65_HS1-834228961_62-HQ-83894_Section_9
Agency: FBI
Page 141
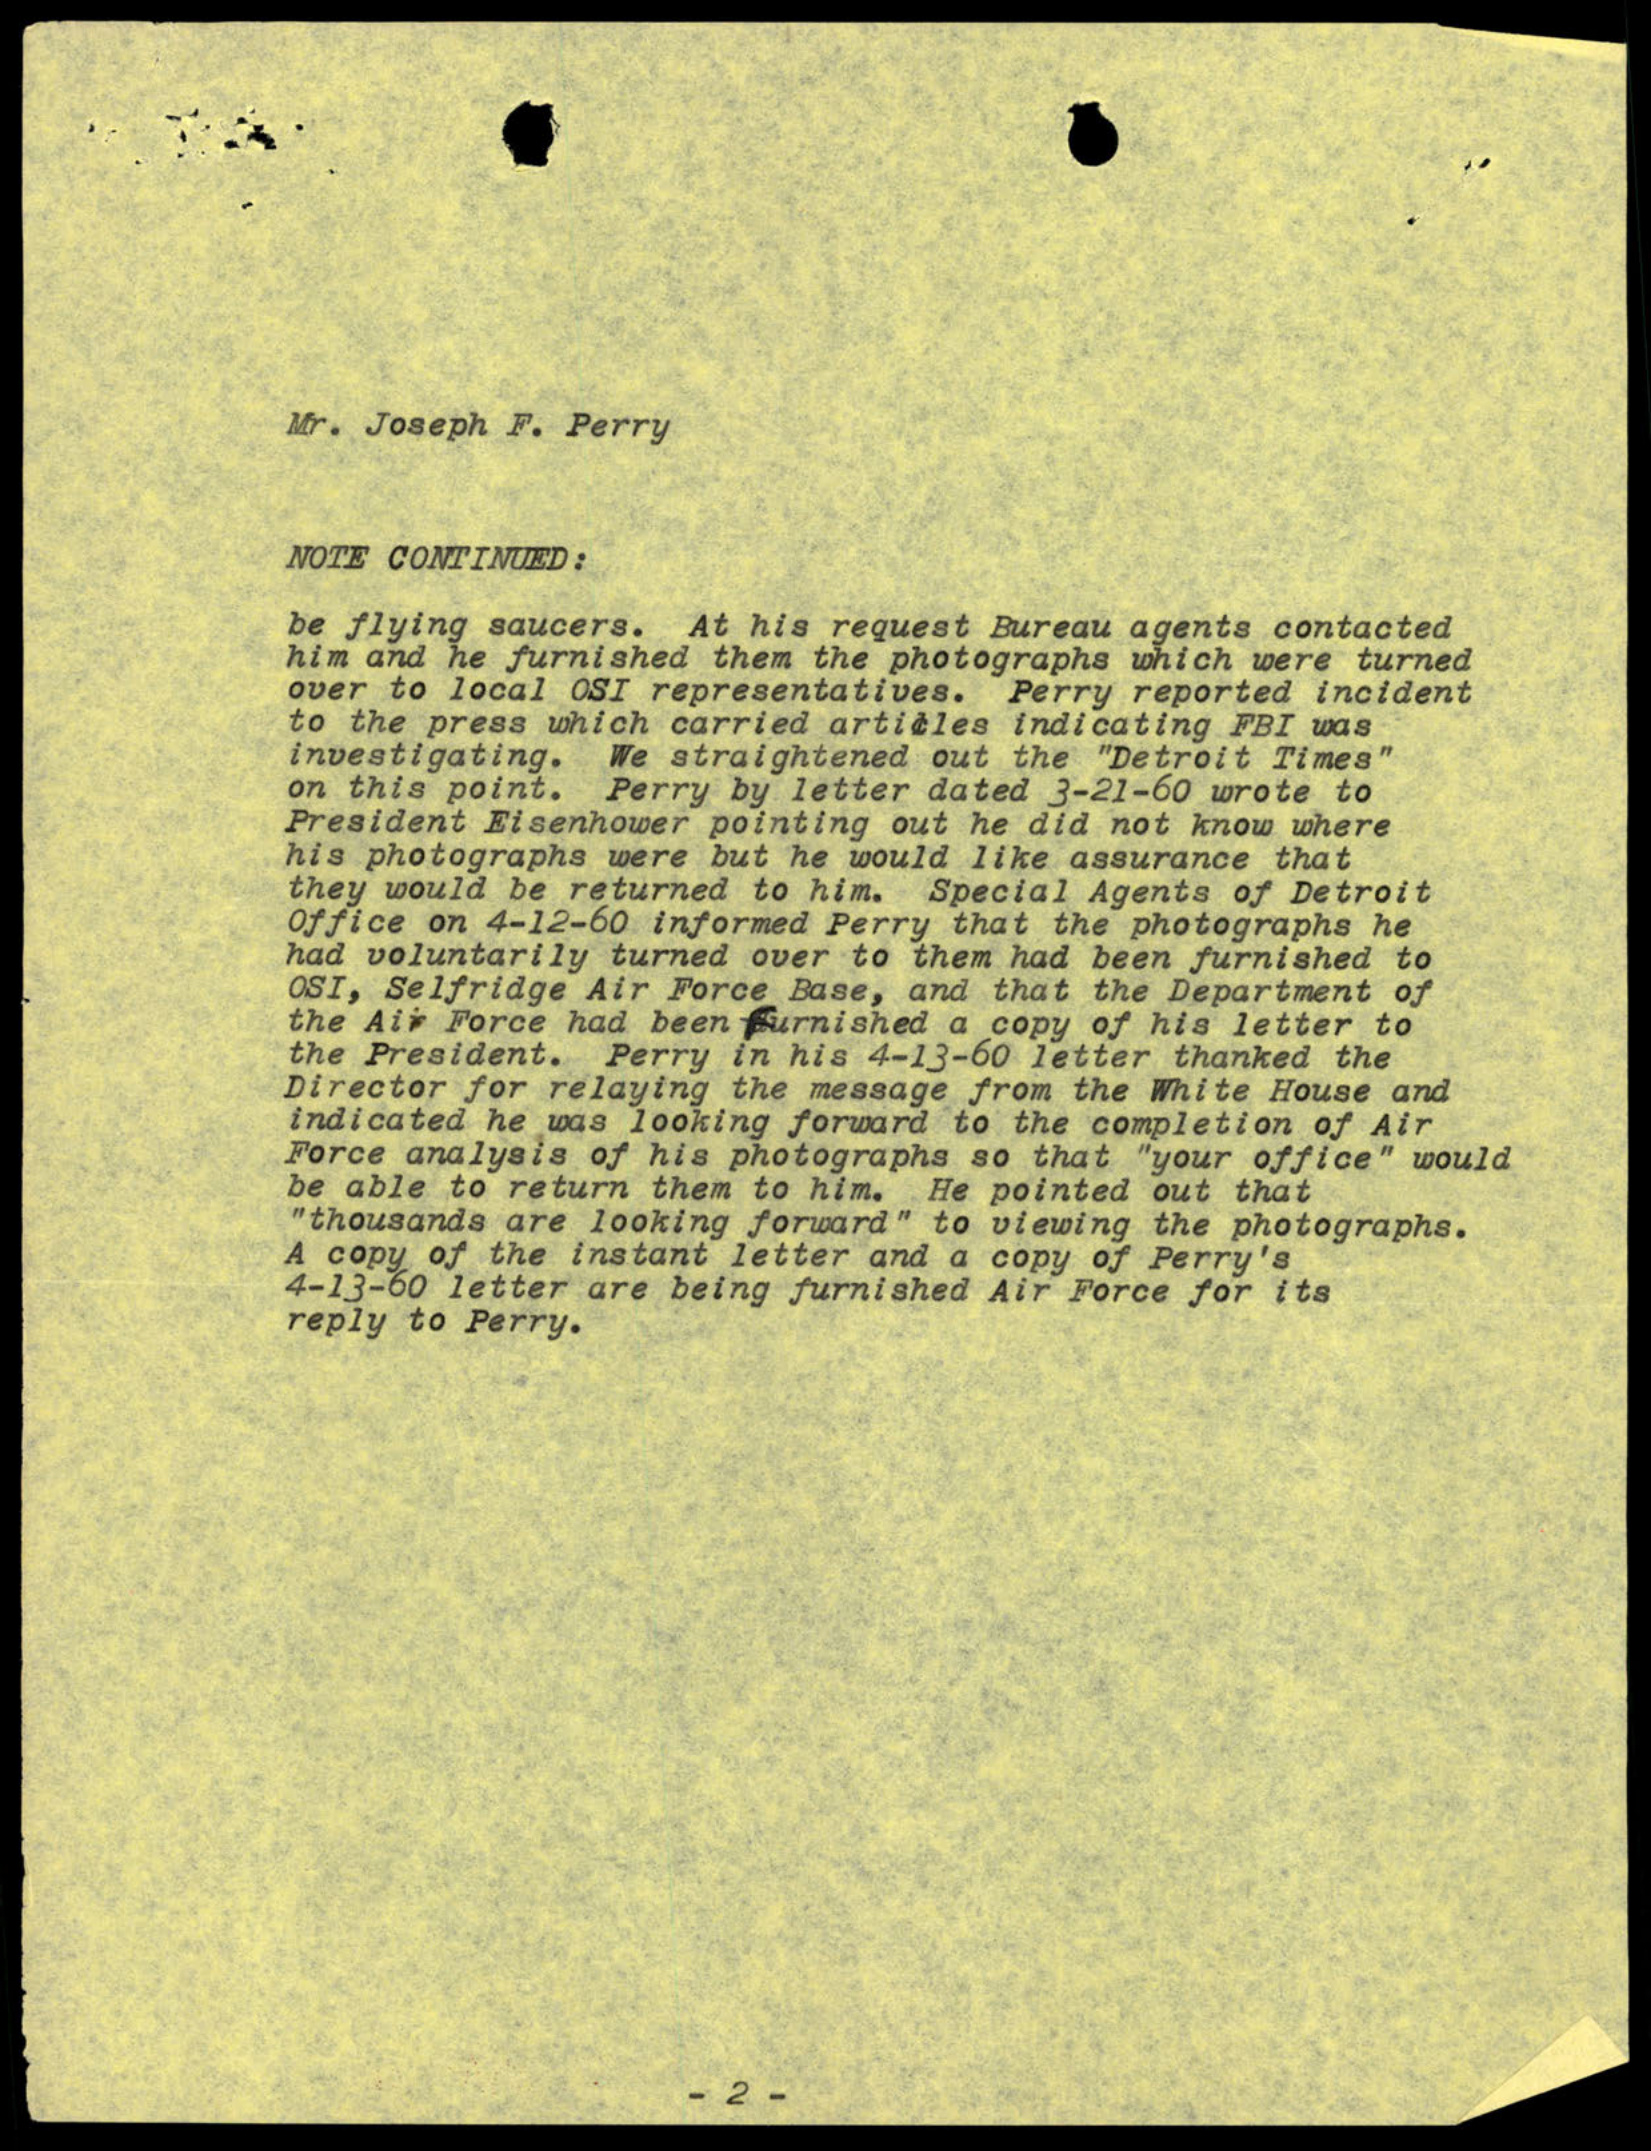